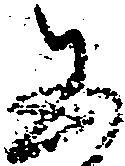
五